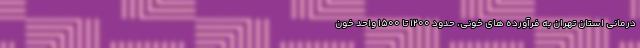
درمانی استان تهران به فرآورده های خونی، حدود ۱۲۰۰ تا ۱۵۰۰ واحد خون